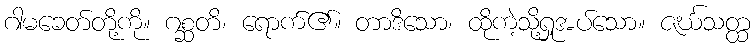
ဂါမခေတ်တို့ကို။ ဂစ္ဆတိ၊ ရောက်၏။ တာဒိသော၊ ထိုကဲ့သို့ရှုအပ်သော။ ဇင်္ဃသတ္ထ